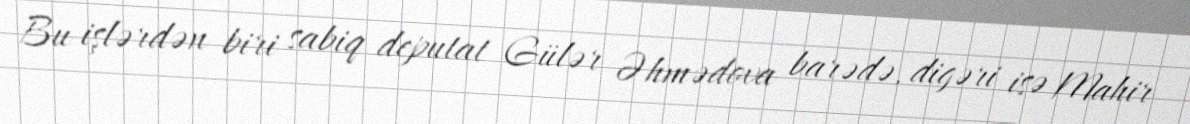
Bu işlərdən biri sabiq deputat Gülər Əhmədova barədə, digəri isə Mahir